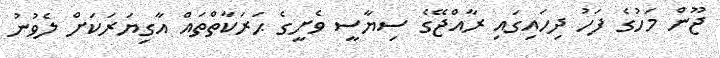
ޖޫން މަހުގެ ފަހު ދިހައިގައި ރާއްޖޭގެ ސިޔާސީ ވެށީގެ ޙަރަކާތްތައް އާގިޔަރަކަށް ލެވުނު